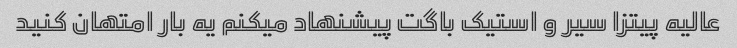
عالیه پیتزا سیر و استیک باگت پیشنهاد میکنم یه بار امتهان کنید